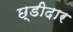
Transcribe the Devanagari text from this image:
छ्डीदार